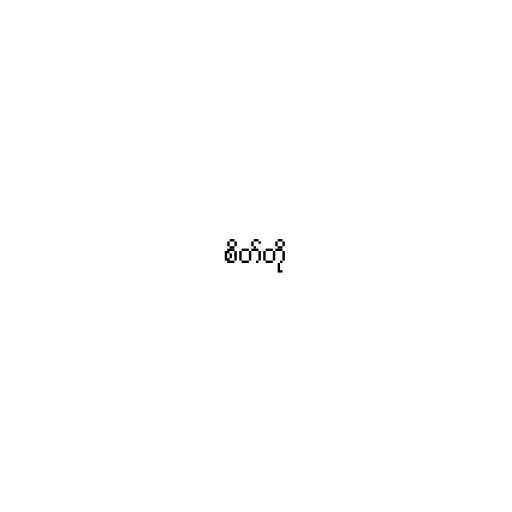
စိတ်တို